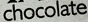
chocolate